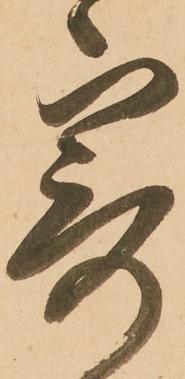
寄